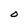
Character: O